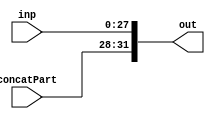
`timescale 1ps/1ps
module Concatenator (
    inp,
    concatPart,
    out
    );
    input [27:0]inp;
    input [3:0] concatPart;
    output [31:0]out;
    assign out = {concatPart, inp};
endmodule

module sign_Extend(
    inp,
    out
    );
    input [15:0]inp;
    output [31:0]out;
    assign out = {16'b0, inp};
 endmodule
 
 module mult_in_4(
   inp,
   out);
   parameter n = 32;
   input [n - 1:0]inp;
   output [n - 1:0]out;
   assign out = {inp[29:0], 2'b00};
 endmodule
   
 module Shl2(
    inp,
    out
    );
    parameter n = 26;
    parameter no = 28;
    input [n - 1:0]inp;
    output [no - 1:0]out;
    assign out = {inp, 2'b0};
 endmodule